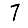
Digit: 7